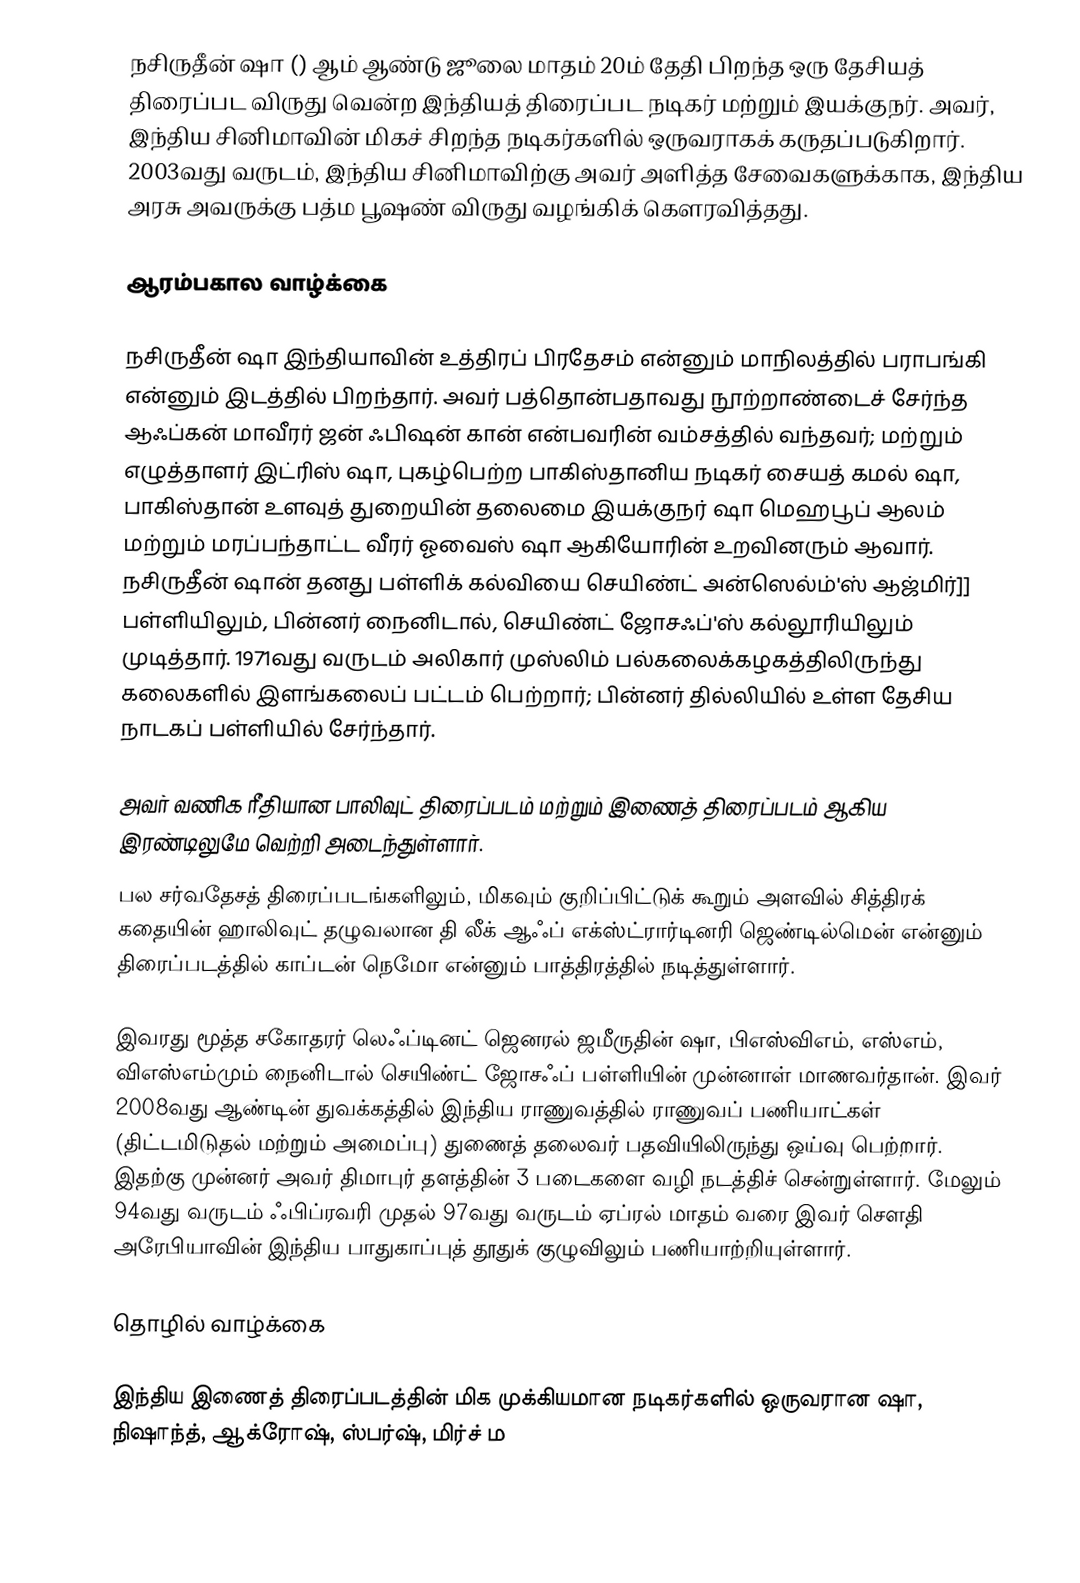
நசிருதீன் ஷா () ஆம் ஆண்டு ஜூலை மாதம் 20ம் தேதி பிறந்த ஒரு தேசியத் திரைப்பட விருது வென்ற இந்தியத் திரைப்பட நடிகர் மற்றும் இயக்குநர். அவர், இந்திய சினிமாவின் மிகச் சிறந்த நடிகர்களில் ஒருவராகக் கருதப்படுகிறார். 2003வது வருடம், இந்திய சினிமாவிற்கு அவர் அளித்த சேவைகளுக்காக, இந்திய அரசு அவருக்கு பத்ம பூஷண் விருது வழங்கிக் கௌரவித்தது.

ஆரம்பகால வாழ்க்கை

நசிருதீன் ஷா இந்தியாவின் உத்திரப் பிரதேசம் என்னும் மாநிலத்தில் பராபங்கி என்னும் இடத்தில் பிறந்தார். அவர் பத்தொன்பதாவது நூற்றாண்டைச் சேர்ந்த ஆஃப்கன் மாவீரர் ஜன் ஃபிஷன் கான் என்பவரின் வம்சத்தில் வந்தவர்; மற்றும் எழுத்தாளர் இட்ரிஸ் ஷா, புகழ்பெற்ற பாகிஸ்தானிய நடிகர் சையத் கமல் ஷா, பாகிஸ்தான் உளவுத் துறையின் தலைமை இயக்குநர் ஷா மெஹபூப் ஆலம் மற்றும் மரப்பந்தாட்ட வீரர் ஓவைஸ் ஷா ஆகியோரின் உறவினரும் ஆவார். நசிருதீன் ஷான் தனது பள்ளிக் கல்வியை செயிண்ட் அன்ஸெல்ம்'ஸ் ஆஜ்மிர்]] பள்ளியிலும், பின்னர் நைனிடால், செயிண்ட் ஜோசஃப்'ஸ் கல்லூரியிலும் முடித்தார். 1971வது வருடம் அலிகார் முஸ்லிம் பல்கலைக்கழகத்திலிருந்து கலைகளில் இளங்கலைப் பட்டம் பெற்றார்; பின்னர் தில்லியில் உள்ள தேசிய நாடகப் பள்ளியில் சேர்ந்தார்.

அவர் வணிக ரீதியான பாலிவுட் திரைப்படம் மற்றும் இணைத் திரைப்படம் ஆகிய இரண்டிலுமே வெற்றி அடைந்துள்ளார்.
பல சர்வதேசத் திரைப்படங்களிலும், மிகவும் குறிப்பிட்டுக் கூறும் அளவில் சித்திரக் கதையின் ஹாலிவுட் தழுவலான தி லீக் ஆஃப் எக்ஸ்ட்ரார்டினரி ஜெண்டில்மென் என்னும் திரைப்படத்தில் காப்டன் நெமோ என்னும் பாத்திரத்தில் நடித்துள்ளார்.

இவரது மூத்த சகோதரர் லெஃப்டினட் ஜெனரல் ஜமீருதின் ஷா, பிஎஸ்விஎம், எஸ்எம், விஎஸ்எம்மும் நைனிடால் செயிண்ட் ஜோசஃப் பள்ளியின் முன்னாள் மாணவர்தான். இவர் 2008வது ஆண்டின் துவக்கத்தில் இந்திய ராணுவத்தில் ராணுவப் பணியாட்கள் (திட்டமிடுதல் மற்றும் அமைப்பு) துணைத் தலைவர் பதவியிலிருந்து ஒய்வு பெற்றார். இதற்கு முன்னர் அவர் திமாபுர் தளத்தின் 3 படைகளை வழி நடத்திச் சென்றுள்ளார். மேலும் 94வது வருடம் ஃபிப்ரவரி முதல் 97வது வருடம் ஏப்ரல் மாதம் வரை இவர் சௌதி அரேபியாவின் இந்திய பாதுகாப்புத் தூதுக் குழுவிலும் பணியாற்றியுள்ளார்.

தொழில் வாழ்க்கை

இந்திய இணைத் திரைப்படத்தின் மிக முக்கியமான நடிகர்களில் ஒருவரான ஷா, நிஷாந்த், ஆக்ரோஷ், ஸ்பர்ஷ், மிர்ச் ம